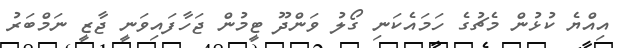
އިއްޔެ ކުޅުން މެޗުގެ ހަމައެކަނި ގޯލު ވަންދޫ ޓީމުން ޖަހާފައިވަނީ ޖާޒީ ނަމްބަރު